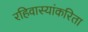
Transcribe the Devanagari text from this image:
रहिवास्यांकरिता